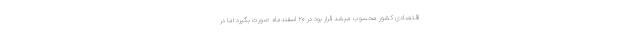
اقتصادی کشور محسوب میشد قرار بود در ۲۰ اسفندماه صورت بگیرد اما در